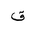
Letter: _qaf